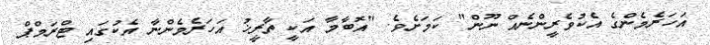
އަހަރެމެންގެ އެކުވެރީންނެއް ނޫން" ކަމަށެވެ. "އޮބާމާ އަކީ ތާރީޚު އަހަރެމެންނާ އެކުގައި ޓްރަމްޕް